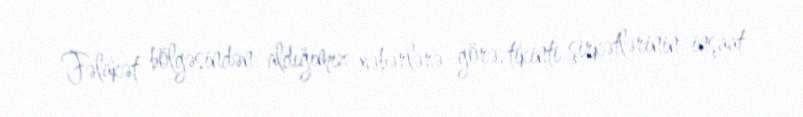
Fəlakət bölgəsindən aldığımız xəbərlərə görə, tikinti şirkətlərinin inşaat